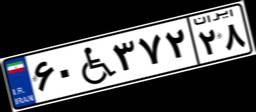
۳۴W۷۱۳۸۷